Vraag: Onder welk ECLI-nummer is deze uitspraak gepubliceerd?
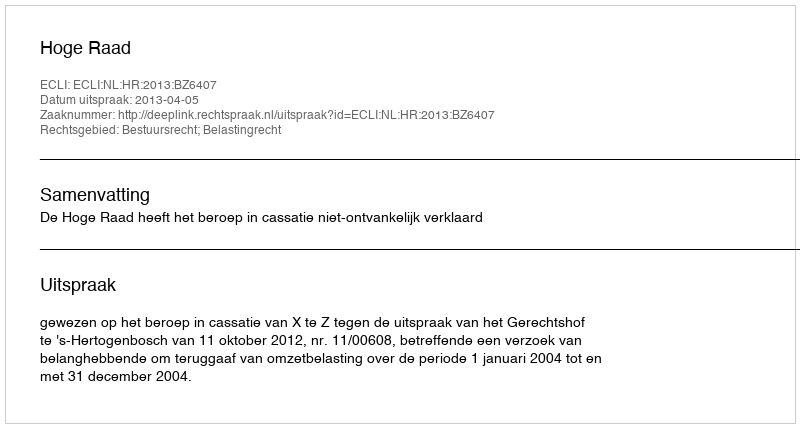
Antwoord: ECLI:NL:HR:2013:BZ6407